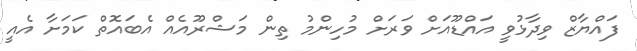
ފައްޔާޒް ވިދާޅުވީ އައްޑޫއަށް ވަރަށް މުހިންމު ތިން މަޝްރޫއެއް އެބައޮތް ކަމަށާ އެއީ